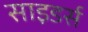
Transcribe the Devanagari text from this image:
साइडर्स